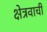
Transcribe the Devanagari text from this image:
क्षेत्रवाची